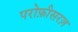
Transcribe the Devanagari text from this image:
परोफ़ीसरज़